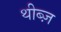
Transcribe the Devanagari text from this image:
थीब्ज़